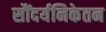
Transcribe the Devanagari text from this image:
सौंदर्यनिकेतन